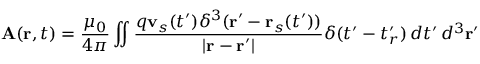
\mathbf { A } ( \mathbf { r } , t ) = { \frac { \mu _ { 0 } } { 4 \pi } } \iint { \frac { q \mathbf { v } _ { s } ( t ^ { \prime } ) \delta ^ { 3 } ( \mathbf { r ^ { \prime } } - \mathbf { r } _ { s } ( t ^ { \prime } ) ) } { | \mathbf { r } - \mathbf { r } ^ { \prime } | } } \delta ( t ^ { \prime } - t _ { r } ^ { \prime } ) \, d t ^ { \prime } \, d ^ { 3 } \mathbf { r } ^ { \prime }